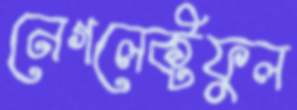
নেগলেক্টফুল